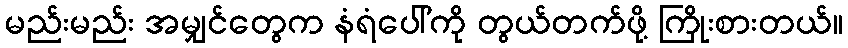
မည်းမည်း အမျှင်တွေက နံရံပေါ်ကို တွယ်တက်ဖို့ ကြိုးစားတယ်။